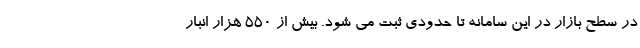
در سطح بازار در این سامانه تا حدودی ثبت می شود. بیش از 550 هزار انبار